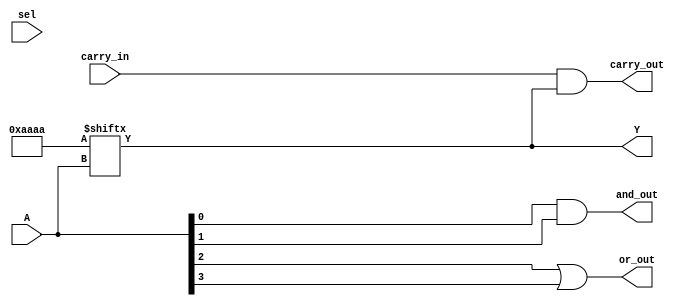
module CLB (
    input wire [3:0] A,        // 4-bit input for LUT
    input wire [1:0] sel,      // Selector for multiplexer
    input wire carry_in,        // Carry input for arithmetic
    output wire Y,              // Output from LUT
    output wire carry_out,      // Carry output
    output wire and_out,        // AND gate output
    output wire or_out          // OR gate output
);

// Configuration memory for LUT (example: 4-input LUT)
reg [15:0] lut_memory; // 16 entries for 4-input LUT
initial begin
    // Example: Configure LUT to implement a specific function
    lut_memory = 16'b1010101010101010; // Example truth table
end

// LUT output logic
assign Y = lut_memory[{A[3], A[2], A[1], A[0]}];

// Multiplexer for output selection
wire mux_out;
assign mux_out = (sel == 2'b00) ? Y :
                 (sel == 2'b01) ? carry_out :
                 (sel == 2'b10) ? and_out :
                 or_out; // Default to OR output

// Carry logic (simple example for addition)
assign carry_out = carry_in & Y; // Example carry logic

// Additional logic gates
assign and_out = A[0] & A[1]; // AND gate
assign or_out = A[2] | A[3];   // OR gate

endmodule